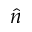
\hat { n }